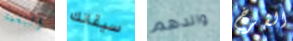
النغمة سيقانك والدهم الفرخ